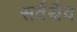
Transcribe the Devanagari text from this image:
सर्वथैव